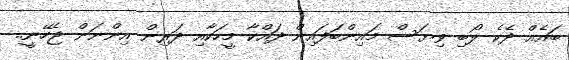
ބައެއް ދެކެ ލޯބި ވިޔަސް މައިންބަފައިން ދައްކާ މީހަކާއި ދަރިން އިންނަން ޖެހޭނީ..